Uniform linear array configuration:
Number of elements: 12
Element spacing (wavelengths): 0.75
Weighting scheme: binomial
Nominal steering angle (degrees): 30
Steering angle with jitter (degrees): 29.236
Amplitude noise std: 0.05
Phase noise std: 0.05

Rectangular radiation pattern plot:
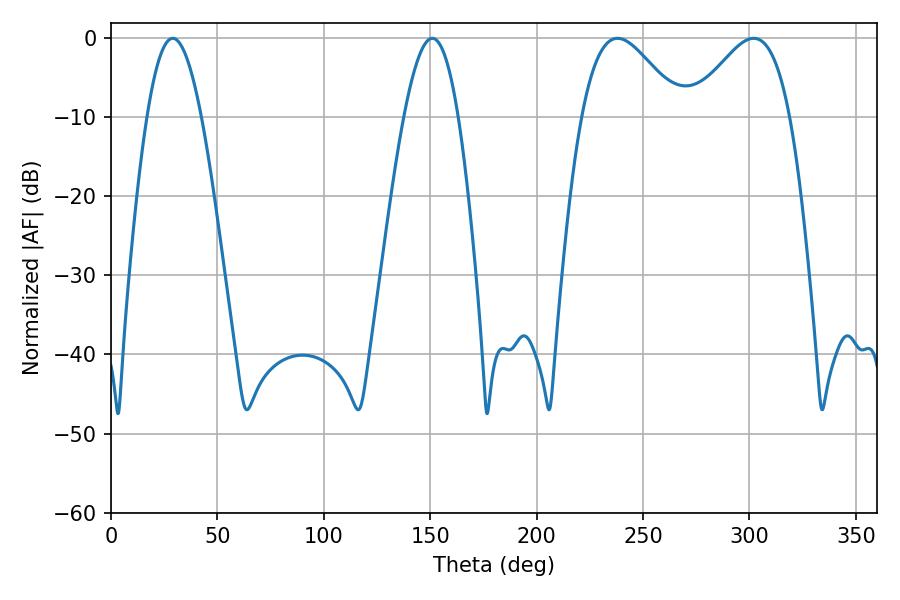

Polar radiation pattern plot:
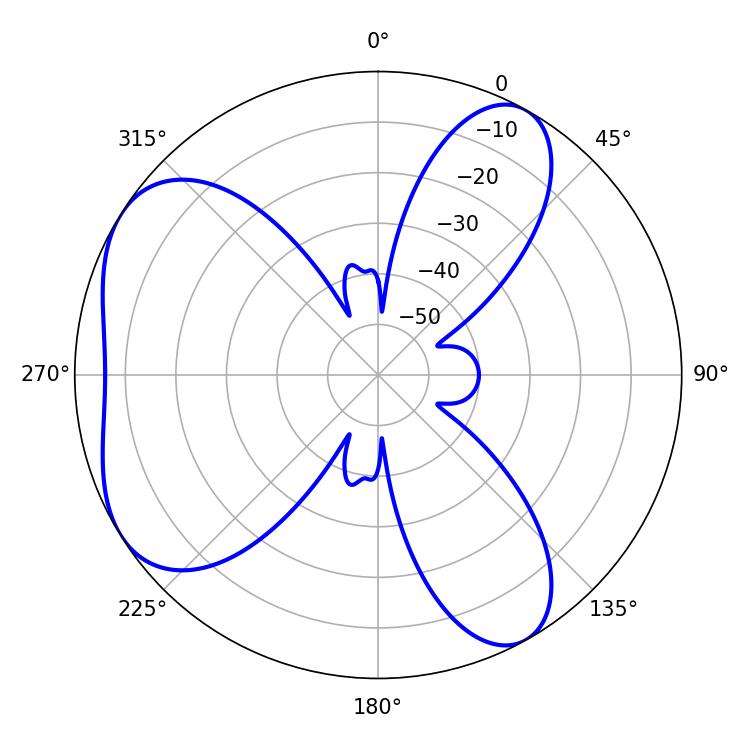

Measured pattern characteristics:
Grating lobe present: TRUE
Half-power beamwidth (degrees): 24.66
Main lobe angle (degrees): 237.96